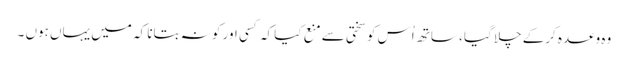
وہ وعدہ کرکے چلا گیا ، ساتھ اُس کو سختی سے منع کیا کہ کسی اور کو نہ بتانا کہ میں یہاں ہوں ۔